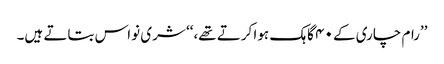
’’رام چاری کے ۴۰ گاہک ہوا کرتے تھے،‘‘ شری نواس بتاتے ہیں۔